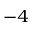
^ { - 4 }